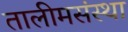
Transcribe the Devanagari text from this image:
तालीमसंस्था